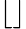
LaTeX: \lfloor\rfloor